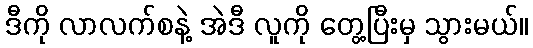
ဒီကို လာလက်စနဲ့ အဲဒီ လူကို တွေ့ပြီးမှ သွားမယ်။